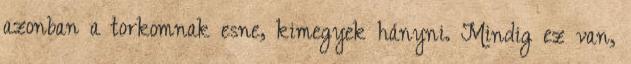
azonban a torkomnak esne, kimegyek hányni. Mindig ez van,